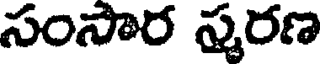
సంసార స్మరణ